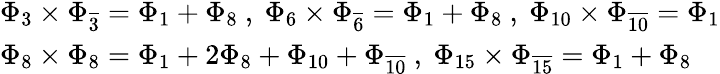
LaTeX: \begin{array}{l}{{\Phi_{3}\times\Phi_{\overline{{3}}}=\Phi_{1}+\Phi_{8}\ ,\ \Phi_{6}\times\Phi_{\overline{{6}}}=\Phi_{1}+\Phi_{8}\ ,\ \Phi_{10}\times\Phi_{\overline{{{10}}}}=\Phi_{1}}}\\ {{\Phi_{8}\times\Phi_{8}=\Phi_{1}+2\Phi_{8}+\Phi_{10}+\Phi_{\overline{{{10}}}}\ ,\ \Phi_{15}\times\Phi_{\overline{{{15}}}}=\Phi_{1}+\Phi_{8}}}\end{array}